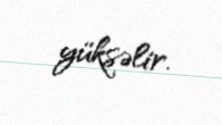
yüksəlir.